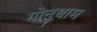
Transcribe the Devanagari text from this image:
गोनुधाम